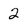
Character: 2